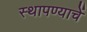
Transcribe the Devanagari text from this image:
स्थापण्याचें